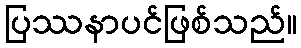
ပြဿနာပင်ဖြစ်သည်။